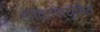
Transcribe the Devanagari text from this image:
आकाशचुंबित